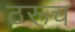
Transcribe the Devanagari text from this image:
ठरूच